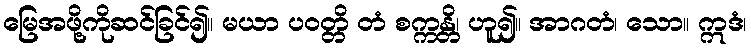
မြေအဖို့ကိုဆင်ခြင်၍။ မယာ ပဝတ္တိ တံ စက္ကန္တိ၊ ဟူ၍။ အာဂတံ၊ သော။ ဣဒံ၊